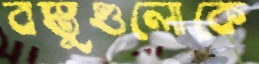
বস্তুগুলোকে